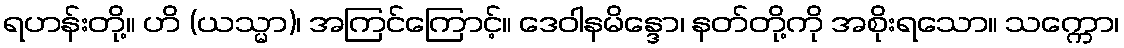
ရဟန်းတို့။ ဟိ (ယသ္မာ)၊ အကြင်ကြောင့်။ ဒေဝါနမိန္ဒော၊ နတ်တို့ကို အစိုးရသော။ သက္ကော၊